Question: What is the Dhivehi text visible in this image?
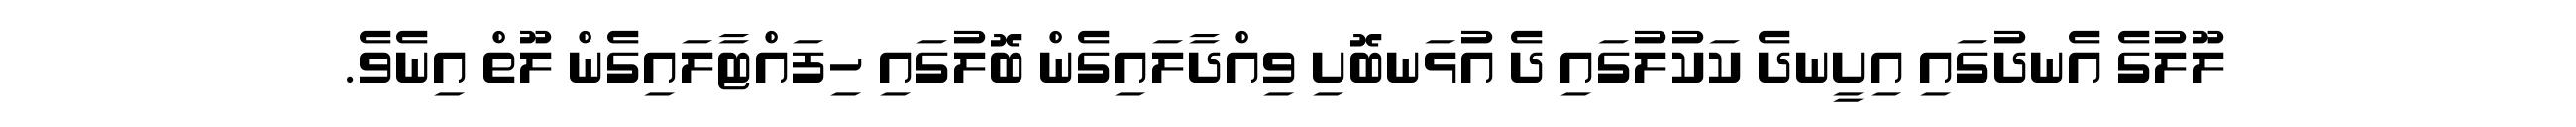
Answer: ލޫލުގެ އެނދުގައި އިށީނދެ ކަކުލުގައި ދެ އުޅަނބޮށި ވިއްދާލައިގެން ބޮލުގައި ހިފައްޓާލައިގެން ލޫތް އިނެވެ.